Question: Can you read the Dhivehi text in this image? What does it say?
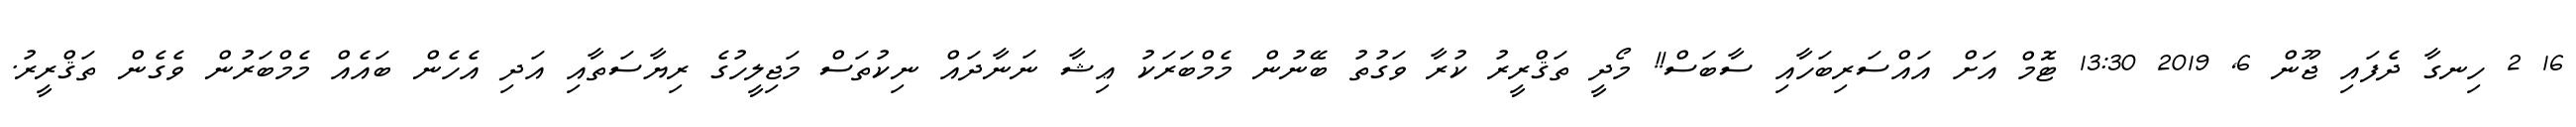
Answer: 16 2 ހިނގާ ދެފައި ޖޫން 6, 2019 13:30 ޓޮމް އަށް އައްސަރިބަހާއި ސާބަސް!! މޯދީ ތަޤްރީރު ކުރާ ވަގުތު ބޭނުން މެމްބަރަކު ޢިޝާ ނަނާދައް ނިކުތަސް މަޖިލީހުގެ ރިޔާސަތާއި އަދި އެހެން ބައެއް މެމްބަރުން ވެގެން ތަޤްރީރު.